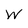
Character: W